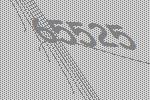
65525